Annual report of the Imperial Bacteriologist
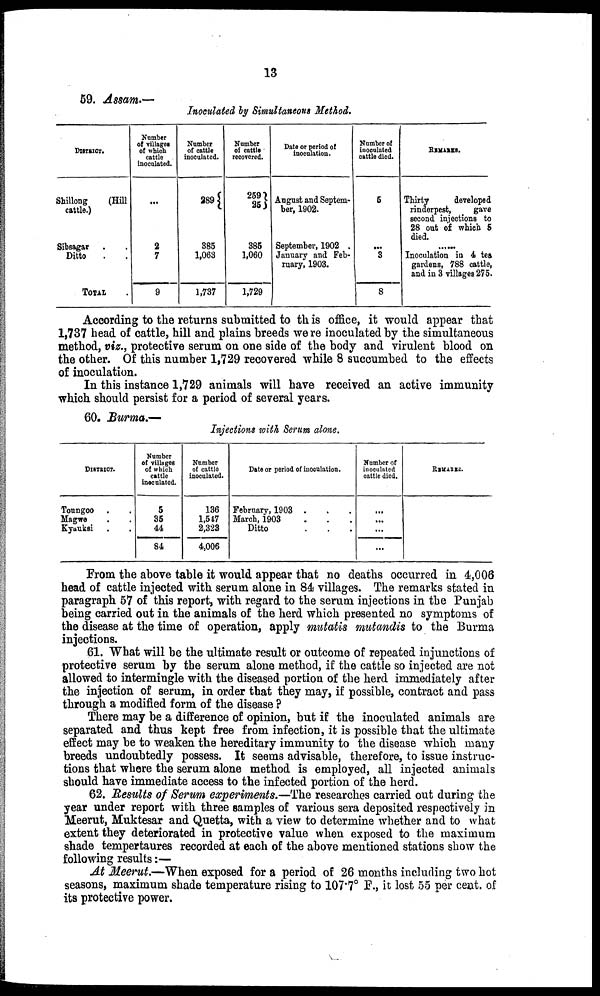
13
59. Assam.—
Inoculated by Simultaneous Method.
DISTRICT.
Shillong
(Hill
cattle.)
Sibsagar . .
Ditto . .
TOTAL .
Number
of Villages
of which
cattle
inoculated.
...
2
7
9
Number
of cattle
inoculated.
289{
385
1,063
1,737
Number
of cattle
recovered.
259}
25
385
1,060
1,729
Date or period of
inoculation.
August and Septem-
ber, 1902.
September, 1902 .
January and Feb-
ruary, 1903.
Number of
inoculated
cattle died.
5
...
3
8
REMARKS.
Thirty
developed
rinderpest,
gave
second injections to
28 out of which 5
died.
Inoculation in 4 tea
gardens, 788 cattle,
and in 3 villages 275.
According to the returns submitted to th is office, it would appear that
1,737 head of cattle, hill and plains breeds we re inoculated by the simultaneous
method, viz., protective serum on one side of the body and virulent blood on
the other. Of this number 1,729 recovered while 8 succumbed to the effects
of inoculation.
In this instance 1,729 animals will have received an active immunity
which should persist for a period of several years.
60. Burma.—
Injections with Serum alone.
DISTRICT.
Toungoo . .
Magwe . .
Kyauksi . .
Number
of villages
of which
cattle
inoculated.
5
35
44
84
Number
of cattle
inoculated.
136
1,547
2,323
4,006
Date or period of inoculation.
February, 1903 . . .
March, 1903 . . .
Ditto . . .
Number of
inoculated
cattle died.
...
...
...
...
REMARKS.
From the above table it would appear that no deaths occurred in 4,006
head of cattle injected with serum alone in 84 villages. The remarks stated in
paragraph 57 of this report, with regard to the serum injections in the Punjab
being carried out in the animals of the herd which presented no symptoms of
the disease at the time of operation, apply mutatis mutandis to the Burma
injections.
61. What will be the ultimate result or outcome of repeated injunctions of
protective serum by the serum alone method, if the cattle so injected are not
allowed to intermingle with the diseased portion of the herd immediately after
the injection of serum, in order that they may, if possible, contract and pass
through a modified form of the disease ?
There may be a difference of opinion, but if the inoculated animals are
separated and thus kept free from infection, it is possible that the ultimate
effect may be to weaken the hereditary immunity to the disease which many
breeds undoubtedly possess. It seems advisable, therefore, to issue instruc-
tions that where the serum alone method is employed, all injected animals
should have immediate access to the infected portion of the herd.
62. Results of Serum experiments.—The researches carried out during the
year under report with three samples of various sera deposited respectively in
Meerut, Muktesar and Quetta, with a view to determine whether and to what
extent they deteriorated in protective value when exposed to the maximum
shade tempertaures recorded at each of the above mentioned stations show the
following results :—
At Meerut.—When exposed for a period of 26 months including two hot
seasons, maximum shade temperature rising to 107.7° F., it lost 55 per cent. of
its protective power.